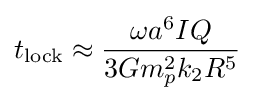
t_{\text{lock}}\approx {\frac {\omega a^{6}IQ}{3Gm_{p}^{2}k_{2}R^{5}}}